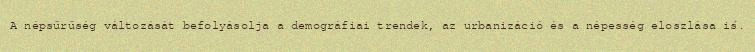
A népsűrűség változását befolyásolja a demográfiai trendek, az urbanizáció és a népesség eloszlása is.